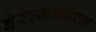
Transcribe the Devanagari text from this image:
बेरल्गेकोरल